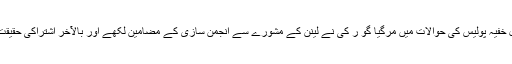
دونوں عوامی نکتہ چینی کا شکار ہوئے بیبل خفیہ پولیس کی حوالات میں مرگیا گو ر کی نے لینن کے مشورے سے انجمن سازی کے مضامین لکھے اور بالآخر اشتراکی حقیقت پسندی کا نعرہ بلند کیا ( ۱۹۳۲- ۱۹۳۴ء) ۔